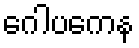
ဂေါပကေန